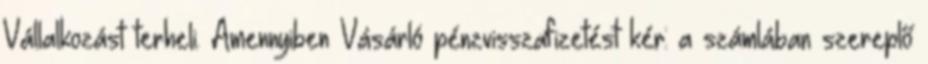
Vállalkozást terheli. Amennyiben Vásárló pénzvisszafizetést kér: a számlában szereplő